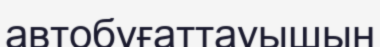
автобұғаттауышын